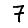
Digit: 7